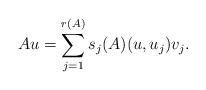
LaTeX: \begin{align*} Au = \sum_{j =1}^{r(A)}s_j(A)(u,u_j)v_j. \end{align*}